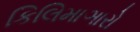
કિલિમાઞારો